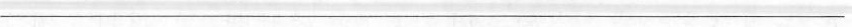
___